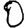
Digit: 0